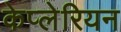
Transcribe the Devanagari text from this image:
केप्लेरियन